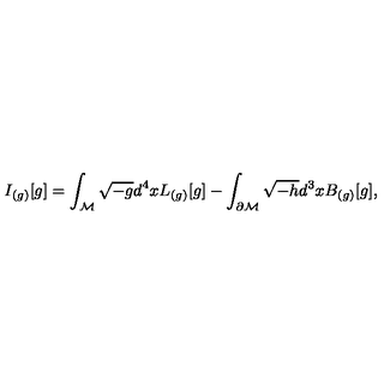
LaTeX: I _ { ( g ) } [ g ] = \int _ { \cal M } \sqrt { - g } d ^ { 4 } x L _ { ( g ) } [ g ] - \int _ { \partial { \cal M } } \sqrt { - h } d ^ { 3 } x B _ { ( g ) } [ g ] ,